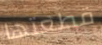
قطعتها